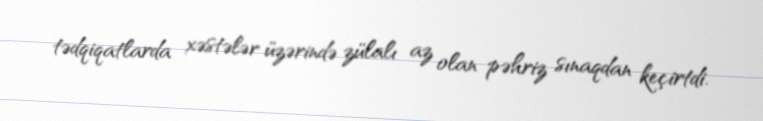
tədqiqatlarda xəstələr üzərində zülalı az olan pəhriz sınaqdan keçirtdi.